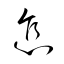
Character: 怎